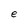
Character: e